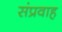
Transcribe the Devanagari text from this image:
संप्रवाह